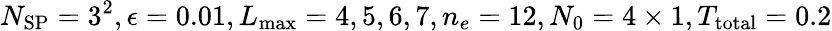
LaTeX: N_{\mathrm{SP}}=3^{2},\epsilon=0.01,L_{\operatorname*{max}}=4,5,6,7,n_{e}=12,N_{0}=4\times 1,T_{\mathrm{total}}=0.2